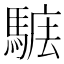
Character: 𩣴